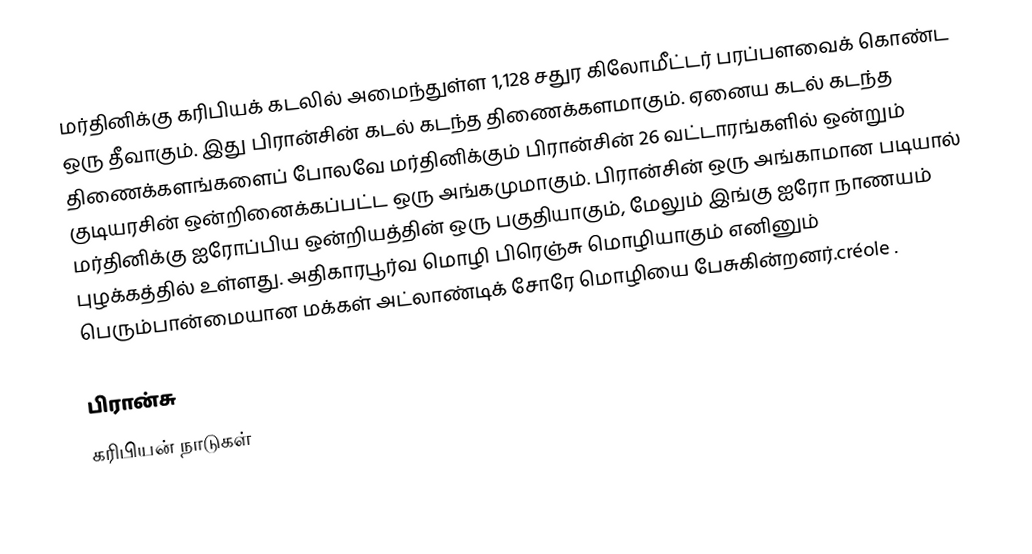
மர்தினிக்கு கரிபியக் கடலில் அமைந்துள்ள 1,128 சதுர கிலோமீட்டர் பரப்பளவைக் கொண்ட ஒரு தீவாகும். இது பிரான்சின் கடல் கடந்த திணைக்களமாகும். ஏனைய கடல் கடந்த திணைக்களங்களைப் போலவே மர்தினிக்கும் பிரான்சின் 26 வட்டாரங்களில் ஒன்றும் குடியரசின் ஒன்றினைக்கப்பட்ட ஒரு அங்கமுமாகும். பிரான்சின் ஒரு அங்காமான படியால் மர்தினிக்கு ஐரோப்பிய ஒன்றியத்தின் ஒரு பகுதியாகும், மேலும் இங்கு ஐரோ நாணயம் புழக்கத்தில் உள்ளது. அதிகாரபூர்வ மொழி பிரெஞ்சு மொழியாகும் எனினும் பெரும்பான்மையான மக்கள் அட்லாண்டிக் சோரே மொழியை பேசுகின்றனர்.créole .

பிரான்சு
கரிபியன் நாடுகள்